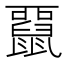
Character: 𪕢